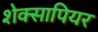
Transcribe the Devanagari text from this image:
शेक्सापियर